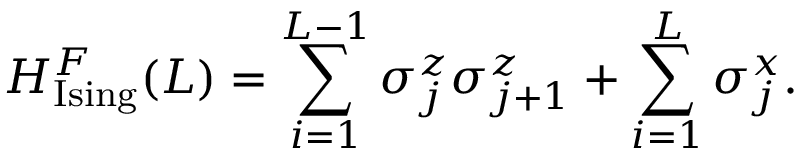
H _ { \mathrm { I s i n g } } ^ { F } ( L ) = \sum _ { i = 1 } ^ { L - 1 } { \sigma _ { j } ^ { z } } { \sigma _ { j + 1 } ^ { z } } + \sum _ { i = 1 } ^ { L } { \sigma _ { j } ^ { x } } .